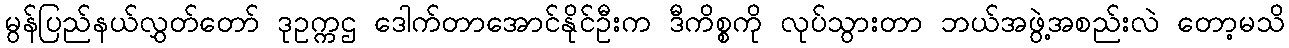
မွန်ပြည်နယ်လွှတ်တော် ဒုဥက္ကဌ ဒေါက်တာအောင်နိုင်ဦးက ဒီကိစ္စကို လုပ်သွားတာ ဘယ်အဖွဲ့အစည်းလဲ တော့မသိ